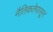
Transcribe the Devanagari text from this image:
नैतिकतेपासून